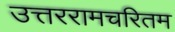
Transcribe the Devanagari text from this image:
उत्तररामचरितम